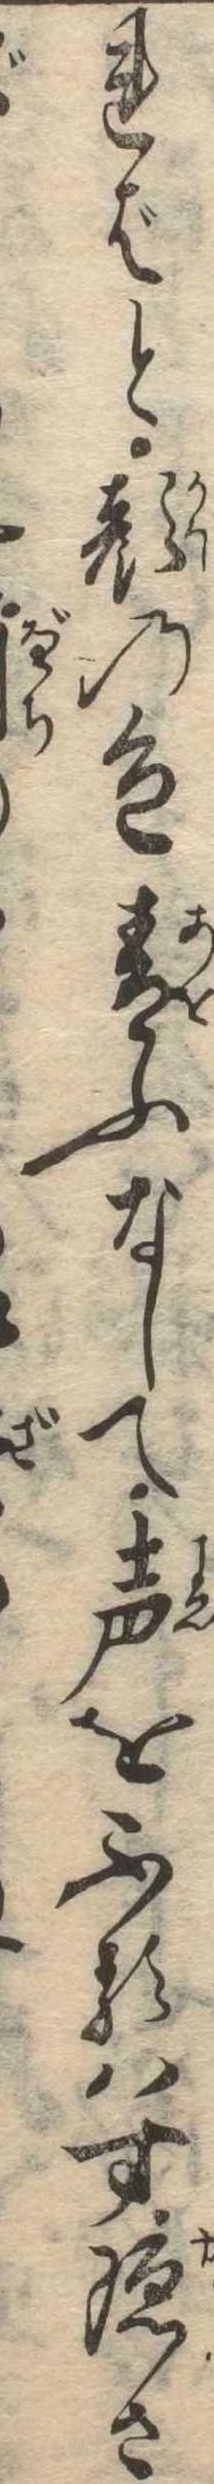
ればと顔の色青ふなして声をふるはす隠さ